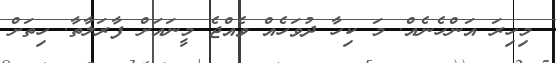
މިހިރަ އަންހެނެއް. މަ ކިހާ ދުވަހެއް ވެއްޖެ މީނައަށް ފާރަލާތާ. ހިތަށް